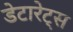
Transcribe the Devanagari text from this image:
डेटारेट्स